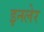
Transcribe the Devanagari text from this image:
इनलेर